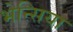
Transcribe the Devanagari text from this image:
भेन्सिया